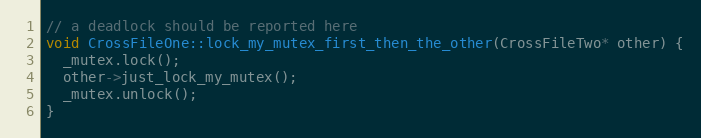
Language: C++
// a deadlock should be reported here
void CrossFileOne::lock_my_mutex_first_then_the_other(CrossFileTwo* other) {
  _mutex.lock();
  other->just_lock_my_mutex();
  _mutex.unlock();
}